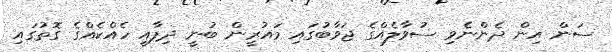
ސަން އިން ދެންނެވި ސުވާލެއްގެ ޖަވާބުގައި މައުރީން ބުނީ ދިފާއީ ހެއްކެއްގެ ގޮތުގައި